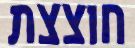
חוצצת